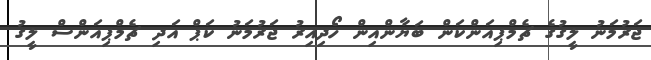
ޖަރުމަނު ލީގުގެ ޗެމްޕިއަންކަން ބަޔާންއިން ހޯދިއިރު ޖަރުމަނު ކަޕް އަދި ޗެމްޕިއަންސް ލީގު